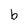
Character: b